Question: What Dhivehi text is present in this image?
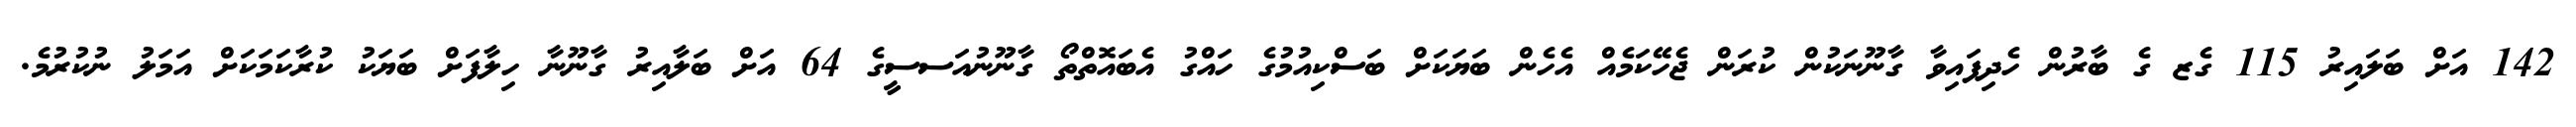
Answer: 142 އަށް ބަލައިރު 115 ގެޒ ގެ ބާރުން ހެދިފައިވާ ގާނޫނަކުން ކުރަން ޖެހޭކަމެއް އެހެން ބަޔަކަށް ބަސްކިއުމުގެ ހައްގު އެބައޮތްތޯ ގާނޫނުއަސސީގެ 64 އަށް ބަލާއިރު ގާނޫނާ ހިލާފަށް ބަޔަކު ކުރާކަމަކަށް އަމަލު ނުކުރުމެ.